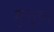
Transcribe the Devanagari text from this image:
मुत्तुया